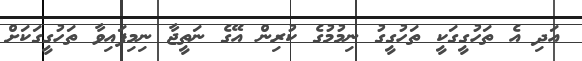
އަދި އެ ތަހުގީގަކީ ތަހުގީގު ނިމުމުގެ ކުރިން އޭގެ ނަތީޖާ ނިމިފައިވާ ތަހުގީގަކަށް